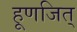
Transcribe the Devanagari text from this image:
हूणजित्‌